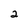
Character: 2